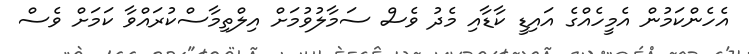
އެހެންކަމުން އެމީހެއްގެ އައިޑީ ކާޑާއި މެދު ވެސް ސަމާލުވުމަށް އިލްތިމާސްކުރައްވާ ކަމަށް ވެސް